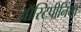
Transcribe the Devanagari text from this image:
ऑस्टिपीनिया